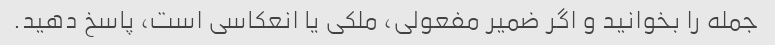
جمله را بخوانید و اگر ضمیر مفعولی، ملکی یا انعکاسی است، پاسخ دهید.